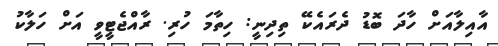
އާއިލާއަށް ހާދަ ބޮޑު ދެރައެކޭ ތިދިނީ: ހިތާމަ ހުރި. ރާއްޖެޓީވީ އަށް ހަލާކު